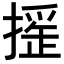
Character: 𢳸